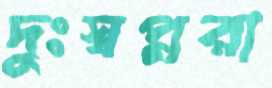
দুঃস্বপ্নরা